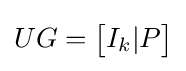
UG={\begin{bmatrix}I_{k}|P\end{bmatrix}}